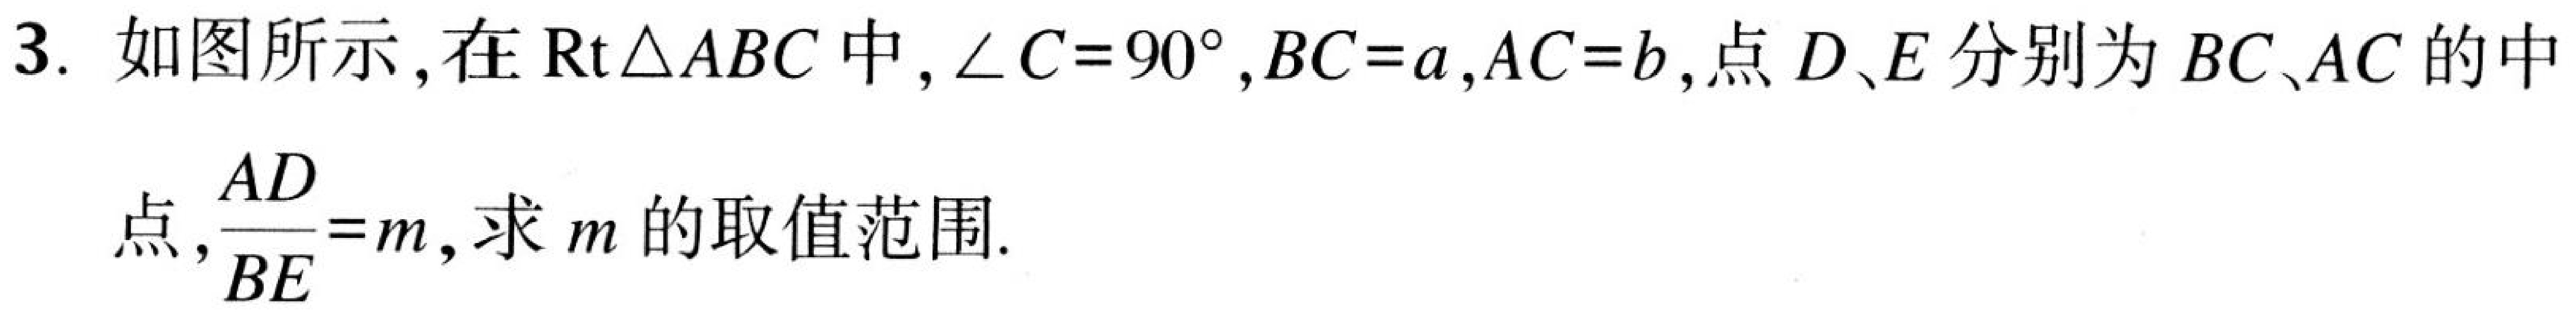
3. 如图所示，在$\text{Rt}\triangle ABC$中，$\angle C = 90^{\circ}$，$BC = a$，$AC = b$，点$D、E$分别为$BC、AC$的中
点，$\dfrac{AD}{BE}=m$，求$m$的取值范围.